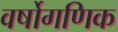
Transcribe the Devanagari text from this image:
वर्षोगणिक